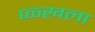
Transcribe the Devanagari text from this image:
प्ळ्खला